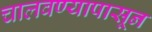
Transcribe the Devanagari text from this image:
चालवण्यापासून